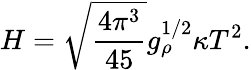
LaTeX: H=\sqrt{{\frac{4\pi^{3}}{45}}}g_{\rho}^{1/2}\kappa T^{2}.